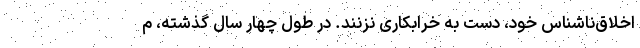
اخلاق‌ناشناس خود، دست به خرابکاری نزنند. در طول چهار سال گذشته، م